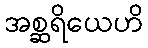
အစ္ဆရိယေဟိ